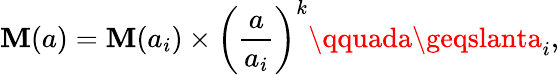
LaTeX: \mathbf{M}(a)=\mathbf{M}(a_{i})\times\left(\frac{{a}}{{a_{i}}}\right)^{k}\qquada\geqslanta_{i},